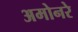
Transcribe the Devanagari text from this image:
अमोनरे